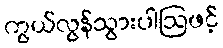
ကွယ်လွန်သွားပါဩဖင့်